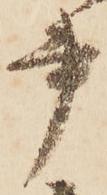
書